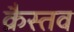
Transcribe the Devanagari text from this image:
क्रैस्तव